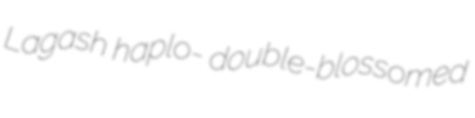
Lagash haplo- double-blossomed